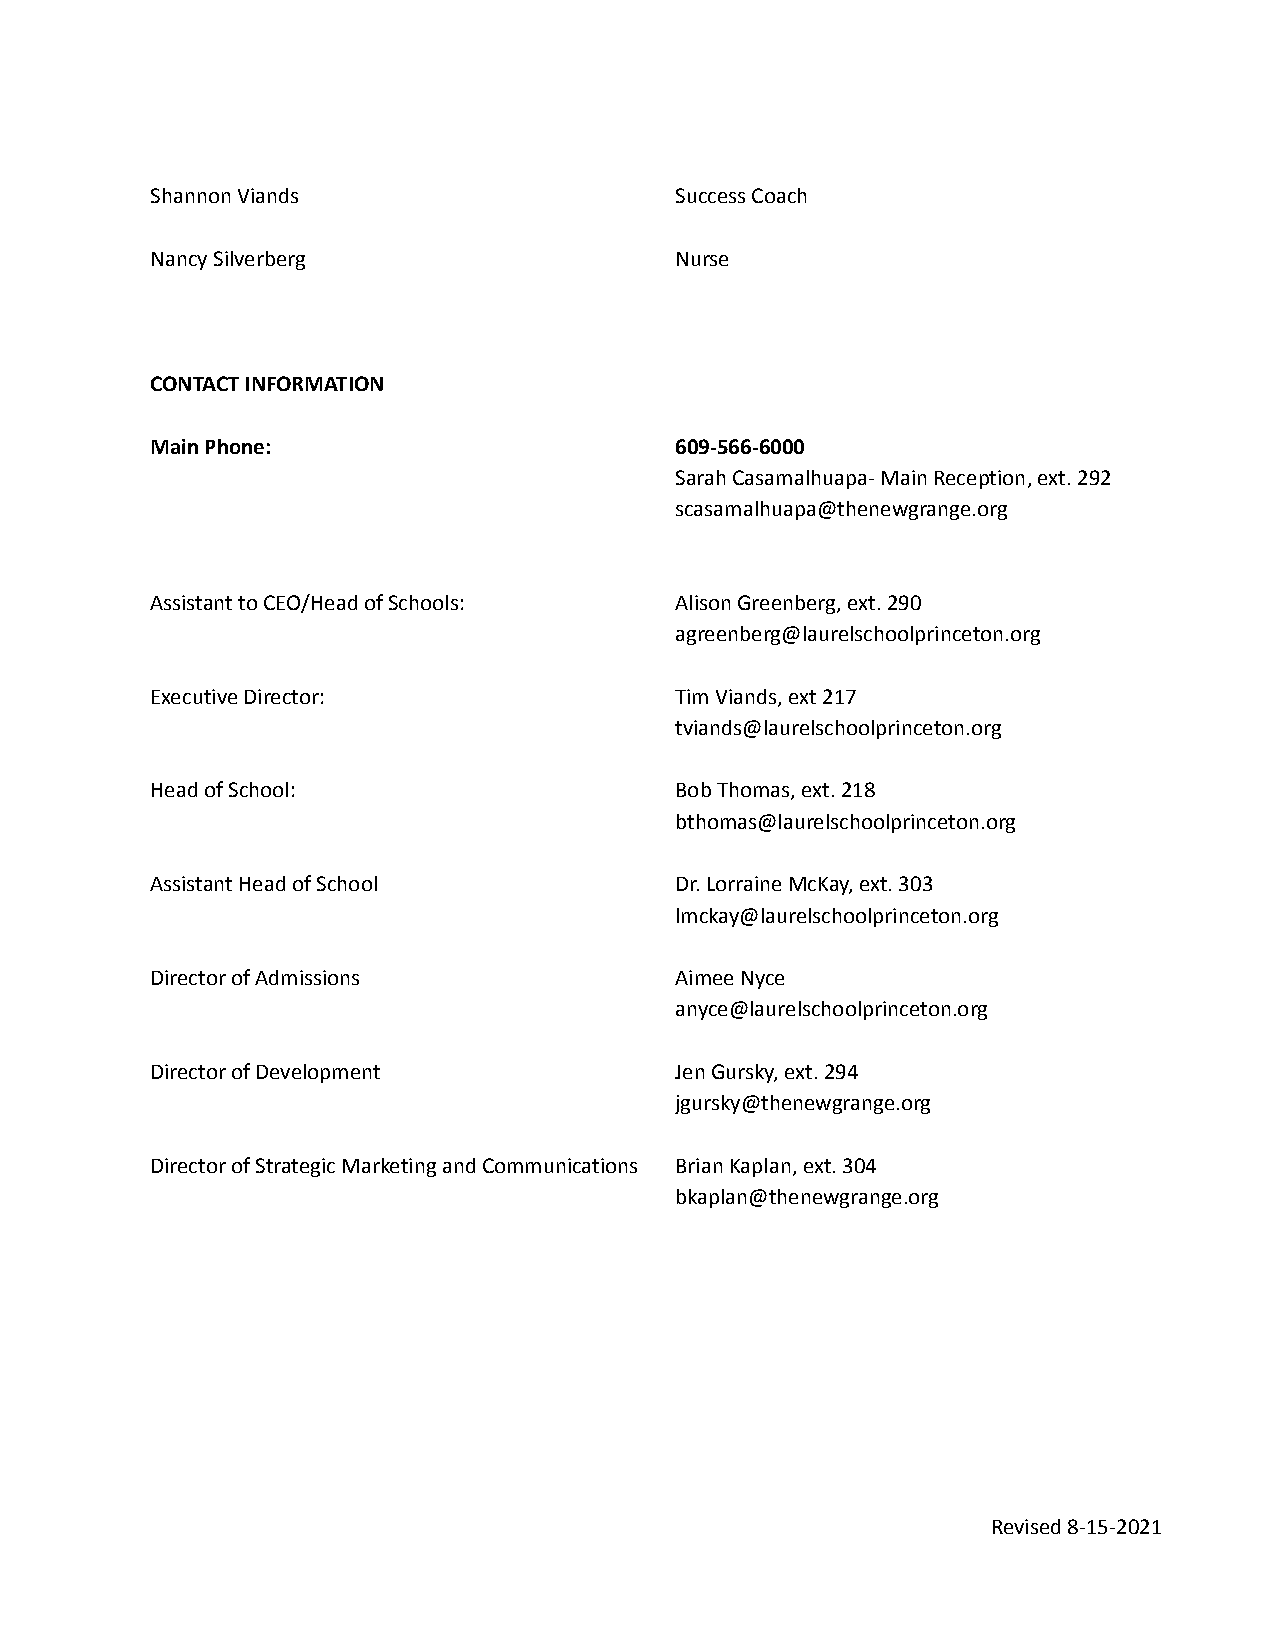
Shannon Viands                     Success Coach
 Nancy Silverberg                   Nurse
 CONTACT INFORMATION
 Main Phone:                        609-566-6000
 Sarah Casamalhuapa- Main Reception, ext. 292
 scasamalhuapa@thenewgrange.org
 Assistant to CEO/Head of Schools:  Alison Greenberg,ext. 290
 agreenberg@laurelschoolprinceton.org
 Executive Director:                Tim Viands, ext 217
 tviands@laurelschoolprinceton.org
 Head of School:                    Bob Thomas, ext. 218
 bthomas@laurelschoolprinceton.org
 Assistant Head of School           Dr. Lorraine McKay, ext.303
 lmckay@laurelschoolprinceton.org
 Director of Admissions             Aimee Nyce
 anyce@laurelschoolprinceton.org
 Director of Development            Jen Gursky, ext. 294
 jgursky@thenewgrange.org
 Director of Strategic Marketing and Communications Brian Kaplan, ext. 304
 bkaplan@thenewgrange.org
 Revised 8-15-2021